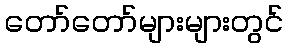
တော်တော်များများတွင်